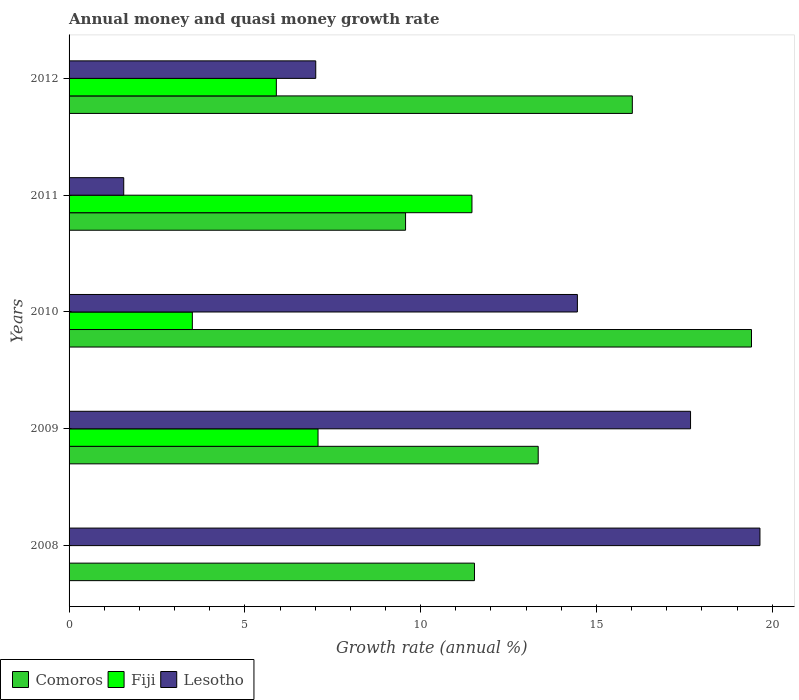
| Years | Comoros | Fiji | Lesotho |
 | --- | --- | --- | --- |
 | 2008 | 11.5 | -6.47 | 19.7 |
 | 2009 | 13.3 | 7.08 | 17.7 |
 | 2010 | 19.4 | 3.51 | 14.5 |
 | 2011 | 9.57 | 11.5 | 1.55 |
 | 2012 | 16 | 5.9 | 7.02 |